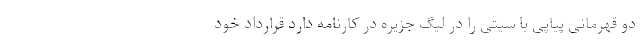
دو قهرمانی پیاپی با سیتی را در لیگ جزیره در کارنامه دارد قرارداد خود